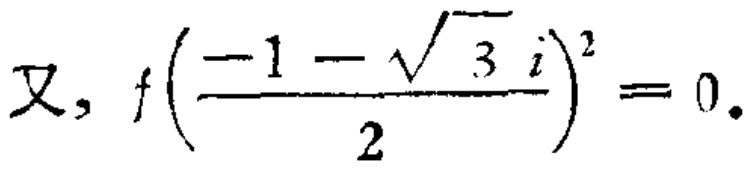
又, \(f\left(\frac{-1 - \sqrt{3}i}{2}\right)^{2}=0\).